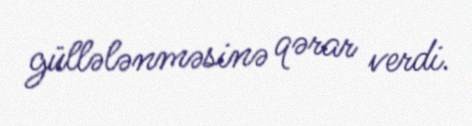
güllələnməsinə qərar verdi.